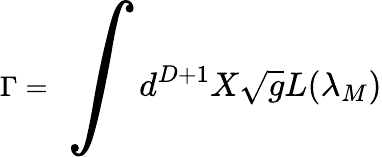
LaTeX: \Gamma=\Huge\int\large d^{D+1}X\sqrt{g}L({\lambda}_{M})